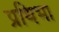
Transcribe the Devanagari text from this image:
प्रथिभा